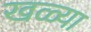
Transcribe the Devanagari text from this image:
खळ्या